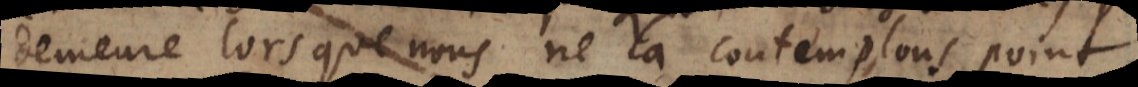
demeure lorsque nous ne la contemplons point.